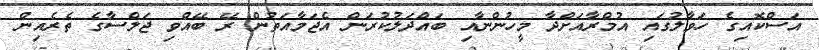
އަސްކޮއިގެ ހަވާލުގައި އުމްރާއަށްދާ މީހުންނާއި ބައްދަލުކުރަން އެޖަމާއަތުން ރޭ ބޭއްވި ޖަލްސާގެ ތެރެއިން